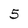
Character: 5